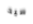
سيد